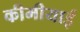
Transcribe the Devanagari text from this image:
कीमीयाई